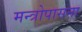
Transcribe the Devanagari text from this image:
मन्त्रोपासना